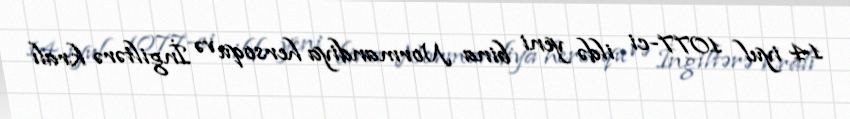
14 iyul 1077-ci ildə yeni bina Normandiya hersoqu və İngiltərə kralı